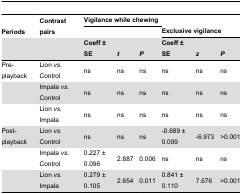
<table><thead><tr><td><b>Periods</b></td><td><b>Contrast pairs</b></td><td colspan="3"><b>Vigilance while chewing </b></td><td colspan="3"><b>Exclusive vigilance</b></td></tr><tr><td></td><td></td><td><b>Coeff ± SE</b></td><td><b><i>t</i></b></td><td><b><i>P</i></b></td><td><b>Coeff ± SE</b></td><td><b><i>z</i></b></td><td><b><i>P</i></b></td></tr></thead><tbody><tr><td>Pre-playback</td><td>Lion <i>vs.</i> Control</td><td>ns</td><td>ns</td><td>ns</td><td>ns</td><td>ns</td><td>ns</td></tr><tr><td></td><td>Impala <i>vs.</i> Control</td><td>ns</td><td>ns</td><td>ns</td><td>ns</td><td>ns</td><td>ns</td></tr><tr><td></td><td>Lion <i>vs.</i> Impala</td><td>ns</td><td>ns</td><td>ns</td><td>ns</td><td>ns</td><td>ns</td></tr><tr><td>Post-playback</td><td>Lion <i>vs.</i> Control</td><td>ns</td><td>ns</td><td>ns</td><td>-0.689 ± 0.099</td><td>-6.973</td><td>&gt;0.001</td></tr><tr><td></td><td>Impala <i>vs.</i> Control</td><td>0.227 ± 0.096</td><td>2.887</td><td>0.006</td><td>ns</td><td>ns</td><td>ns</td></tr><tr><td></td><td>Lion <i>vs.</i> Impala</td><td>0.279 ± 0.105</td><td>2.654</td><td>0.011</td><td>0.841 ± 0.110</td><td>7.676</td><td>&gt;0.001</td></tr></tbody></table>